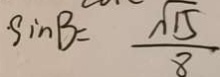
\cdot \sin B = \frac { \sqrt { 1 5 } } { 8 }